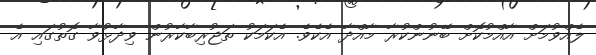
ލެއްވުމަށް އާއްމުކޮށް ބޭނުންކުރާ މާއްދާ އެކެވެ. އެކަމަކު ތަޖުރިބާކާރުން ވިދާޅުވާ ގޮތުގައި އެ